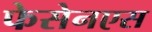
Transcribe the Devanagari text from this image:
फेसेनएस